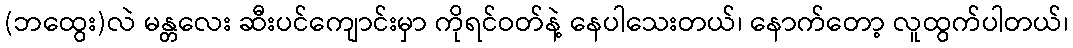
(ဘထွေး)လဲ မန္တလေး ဆီးပင်ကျောင်းမှာ ကိုရင်ဝတ်နဲ့ နေပါသေးတယ်၊ နောက်တော့ လူထွက်ပါတယ်၊